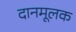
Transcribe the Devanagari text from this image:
दानमूलक